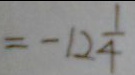
= - 1 2 \frac { 1 } { 4 }